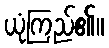
ယုံကြည်၏။